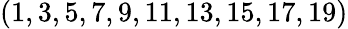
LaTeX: (1,3,5,7,9,11,13,15,17,19)